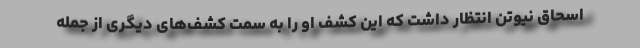
اسحاق نیوتن انتظار داشت که این کشف او را به سمت کشف‌های دیگری از جمله